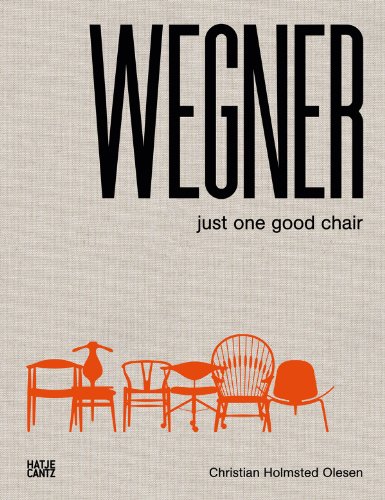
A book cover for Hans J. Wegner: Just One Good Chair; Christian Holmstedt Olesen; Arts & Photography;